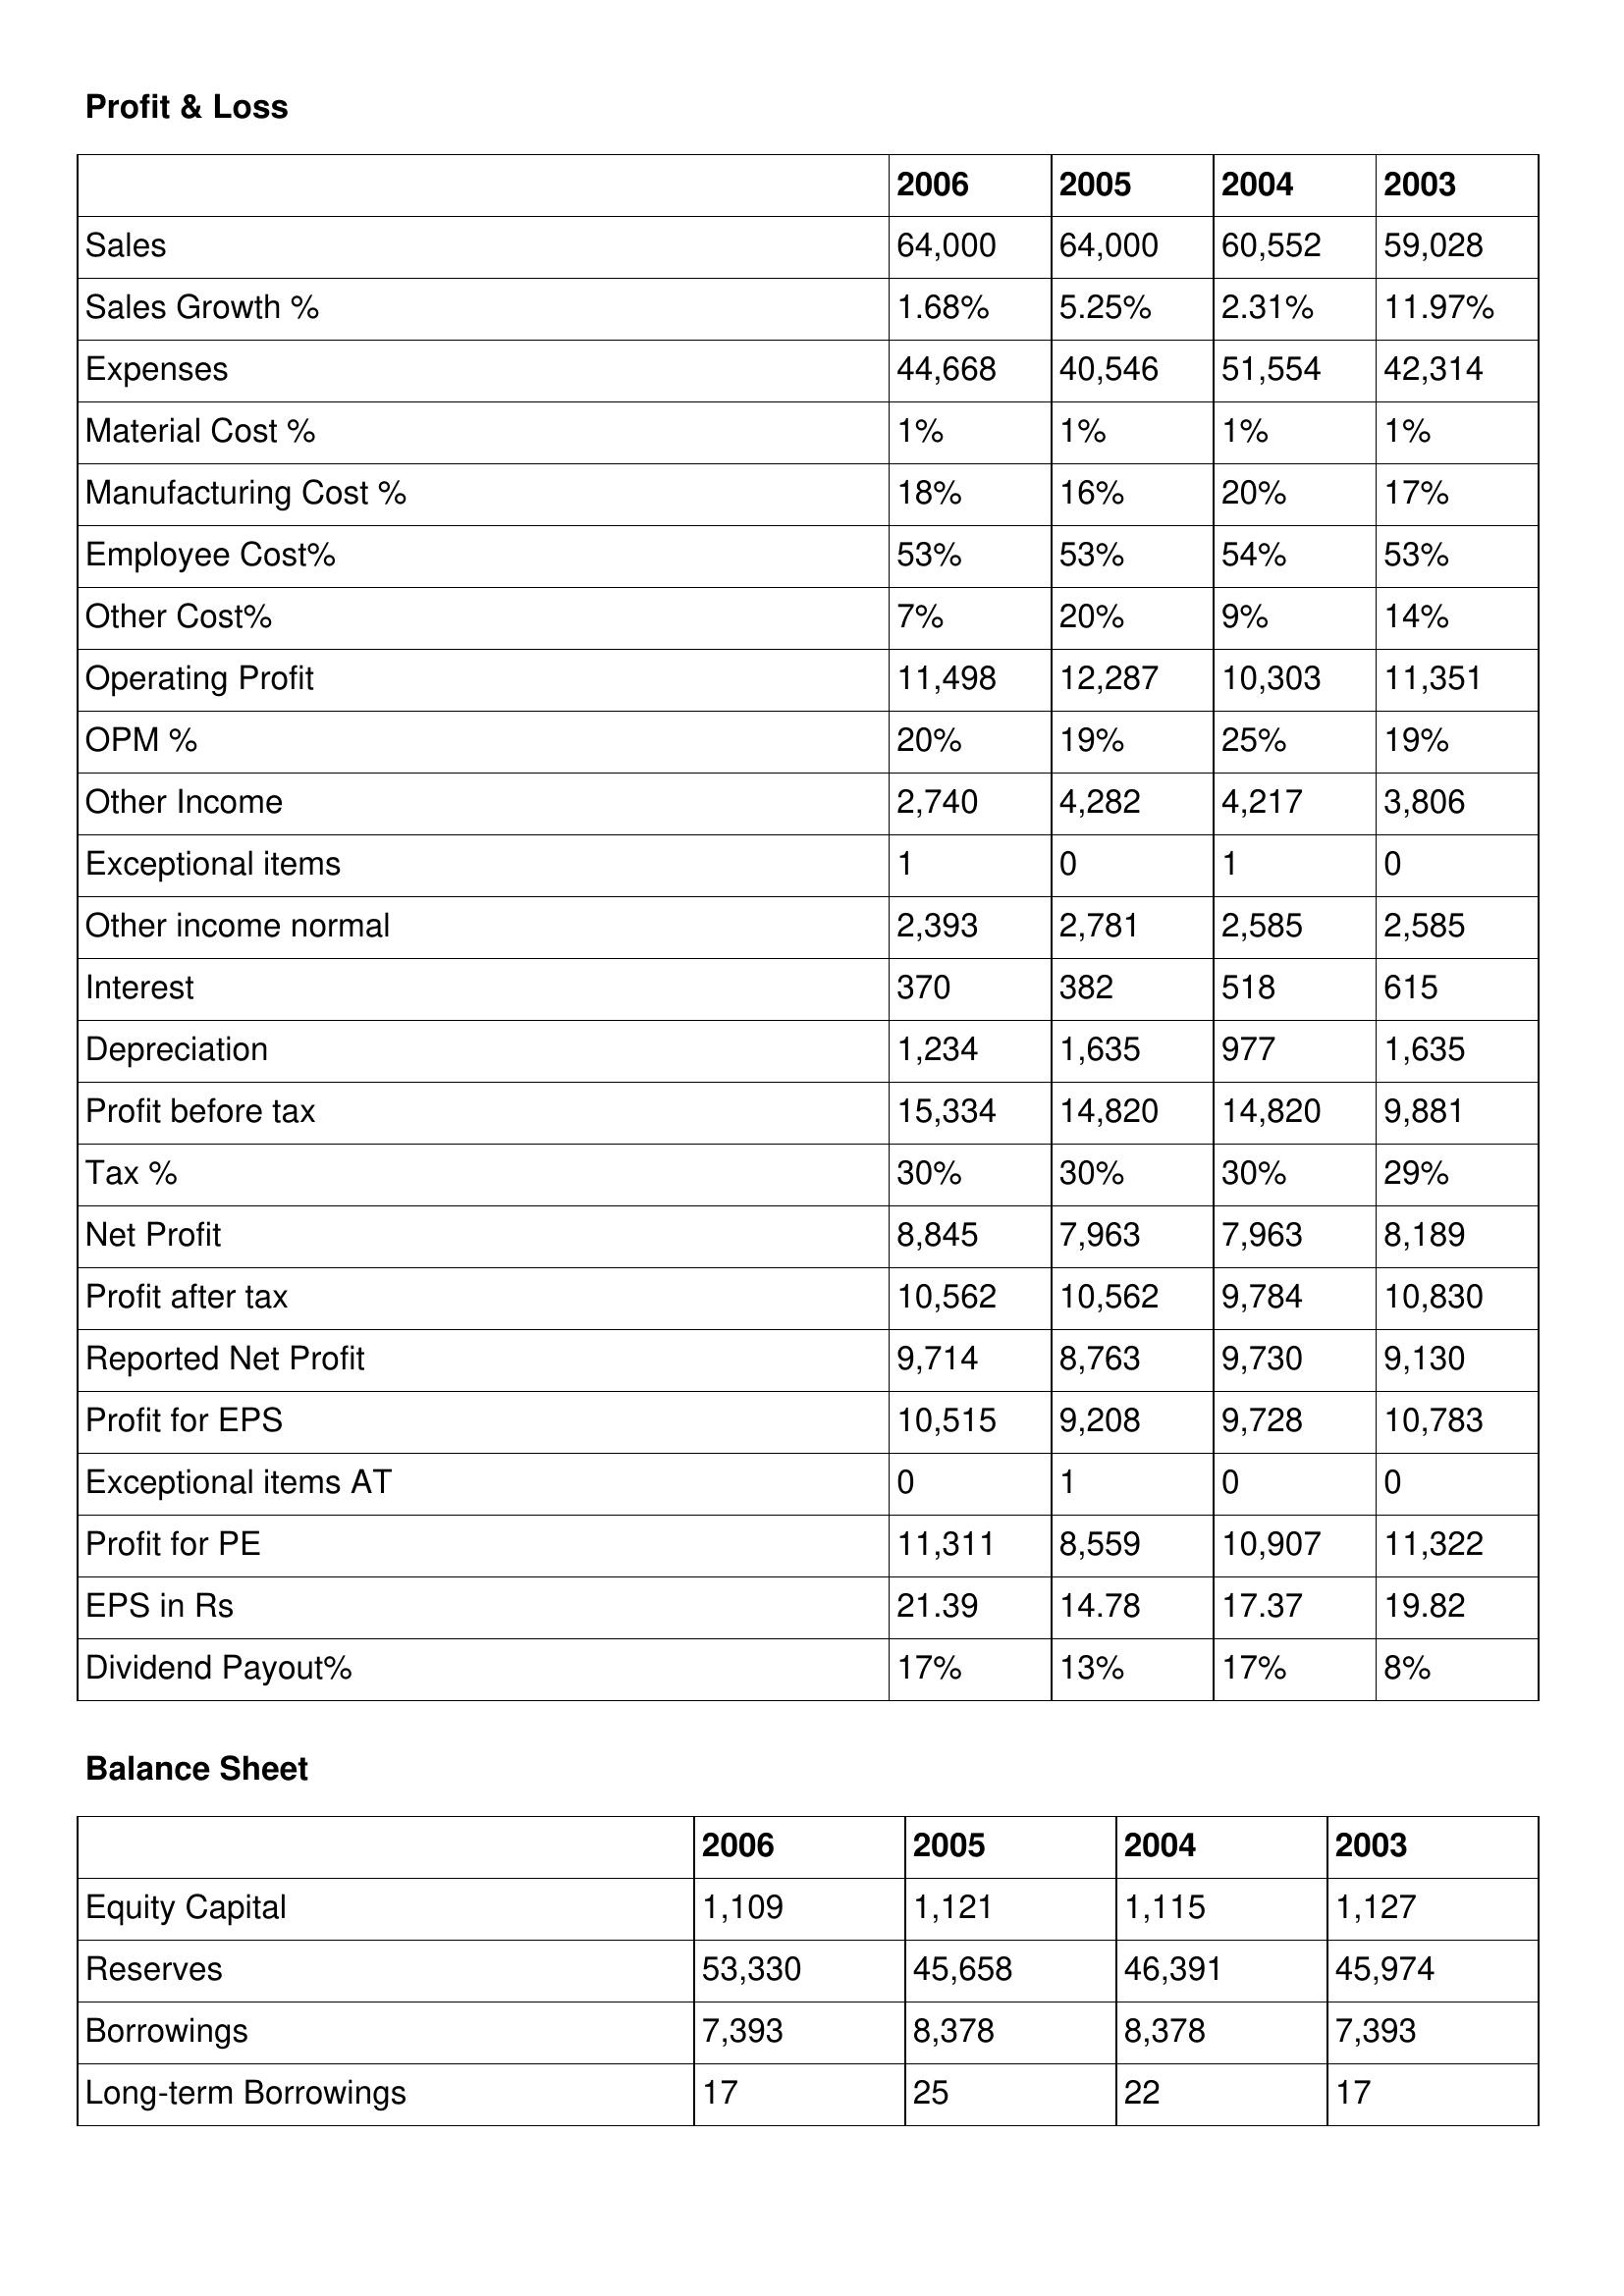
gt_parse: 2006: Profit & Loss: Sales: 64,000
Sales Growth %: 1.68%
Expenses: 44,668
Material Cost %: 1%
Manufacturing Cost %: 18%
Employee Cost%: 53%
Other Cost%: 7%
Operating Profit: 11,498
OPM %: 20%
Other Income: 2,740
Exceptional items: 1
Other income normal: 2,393
Interest: 370
Depreciation: 1,234
Profit before tax: 15,334
Tax %: 30%
Net Profit: 8,845
Profit after tax: 10,562
Reported Net Profit: 9,714
Profit for EPS: 10,515
Exceptional items AT: 0
Profit for PE: 11,311
EPS in Rs: 21.39
Dividend Payout%: 17%
Balance Sheet: Equity Capital: 1,109
Reserves: 53,330
Borrowings: 7,393
Long-term Borrowings: 17
2005: Profit & Loss: Sales: 64,000
Sales Growth %: 5.25%
Expenses: 40,546
Material Cost %: 1%
Manufacturing Cost %: 16%
Employee Cost%: 53%
Other Cost%: 20%
Operating Profit: 12,287
OPM %: 19%
Other Income: 4,282
Exceptional items: 0
Other income normal: 2,781
Interest: 382
Depreciation: 1,635
Profit before tax: 14,820
Tax %: 30%
Net Profit: 7,963
Profit after tax: 10,562
Reported Net Profit: 8,763
Profit for EPS: 9,208
Exceptional items AT: 1
Profit for PE: 8,559
EPS in Rs: 14.78
Dividend Payout%: 13%
Balance Sheet: Equity Capital: 1,121
Reserves: 45,658
Borrowings: 8,378
Long-term Borrowings: 25
2004: Profit & Loss: Sales: 60,552
Sales Growth %: 2.31%
Expenses: 51,554
Material Cost %: 1%
Manufacturing Cost %: 20%
Employee Cost%: 54%
Other Cost%: 9%
Operating Profit: 10,303
OPM %: 25%
Other Income: 4,217
Exceptional items: 1
Other income normal: 2,585
Interest: 518
Depreciation: 977
Profit before tax: 14,820
Tax %: 30%
Net Profit: 7,963
Profit after tax: 9,784
Reported Net Profit: 9,730
Profit for EPS: 9,728
Exceptional items AT: 0
Profit for PE: 10,907
EPS in Rs: 17.37
Dividend Payout%: 17%
Balance Sheet: Equity Capital: 1,115
Reserves: 46,391
Borrowings: 8,378
Long-term Borrowings: 22
2003: Profit & Loss: Sales: 59,028
Sales Growth %: 11.97%
Expenses: 42,314
Material Cost %: 1%
Manufacturing Cost %: 17%
Employee Cost%: 53%
Other Cost%: 14%
Operating Profit: 11,351
OPM %: 19%
Other Income: 3,806
Exceptional items: 0
Other income normal: 2,585
Interest: 615
Depreciation: 1,635
Profit before tax: 9,881
Tax %: 29%
Net Profit: 8,189
Profit after tax: 10,830
Reported Net Profit: 9,130
Profit for EPS: 10,783
Exceptional items AT: 0
Profit for PE: 11,322
EPS in Rs: 19.82
Dividend Payout%: 8%
Balance Sheet: Equity Capital: 1,127
Reserves: 45,974
Borrowings: 7,393
Long-term Borrowings: 17